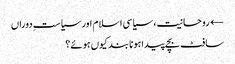
← روحانیت، سیاسی اسلام اور سیاستِ دوراں
سافٹ بچے پیدا ہونا بند کیوں ہوئے؟